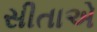
સીતાએ